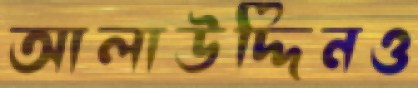
আলাউদ্দিনও